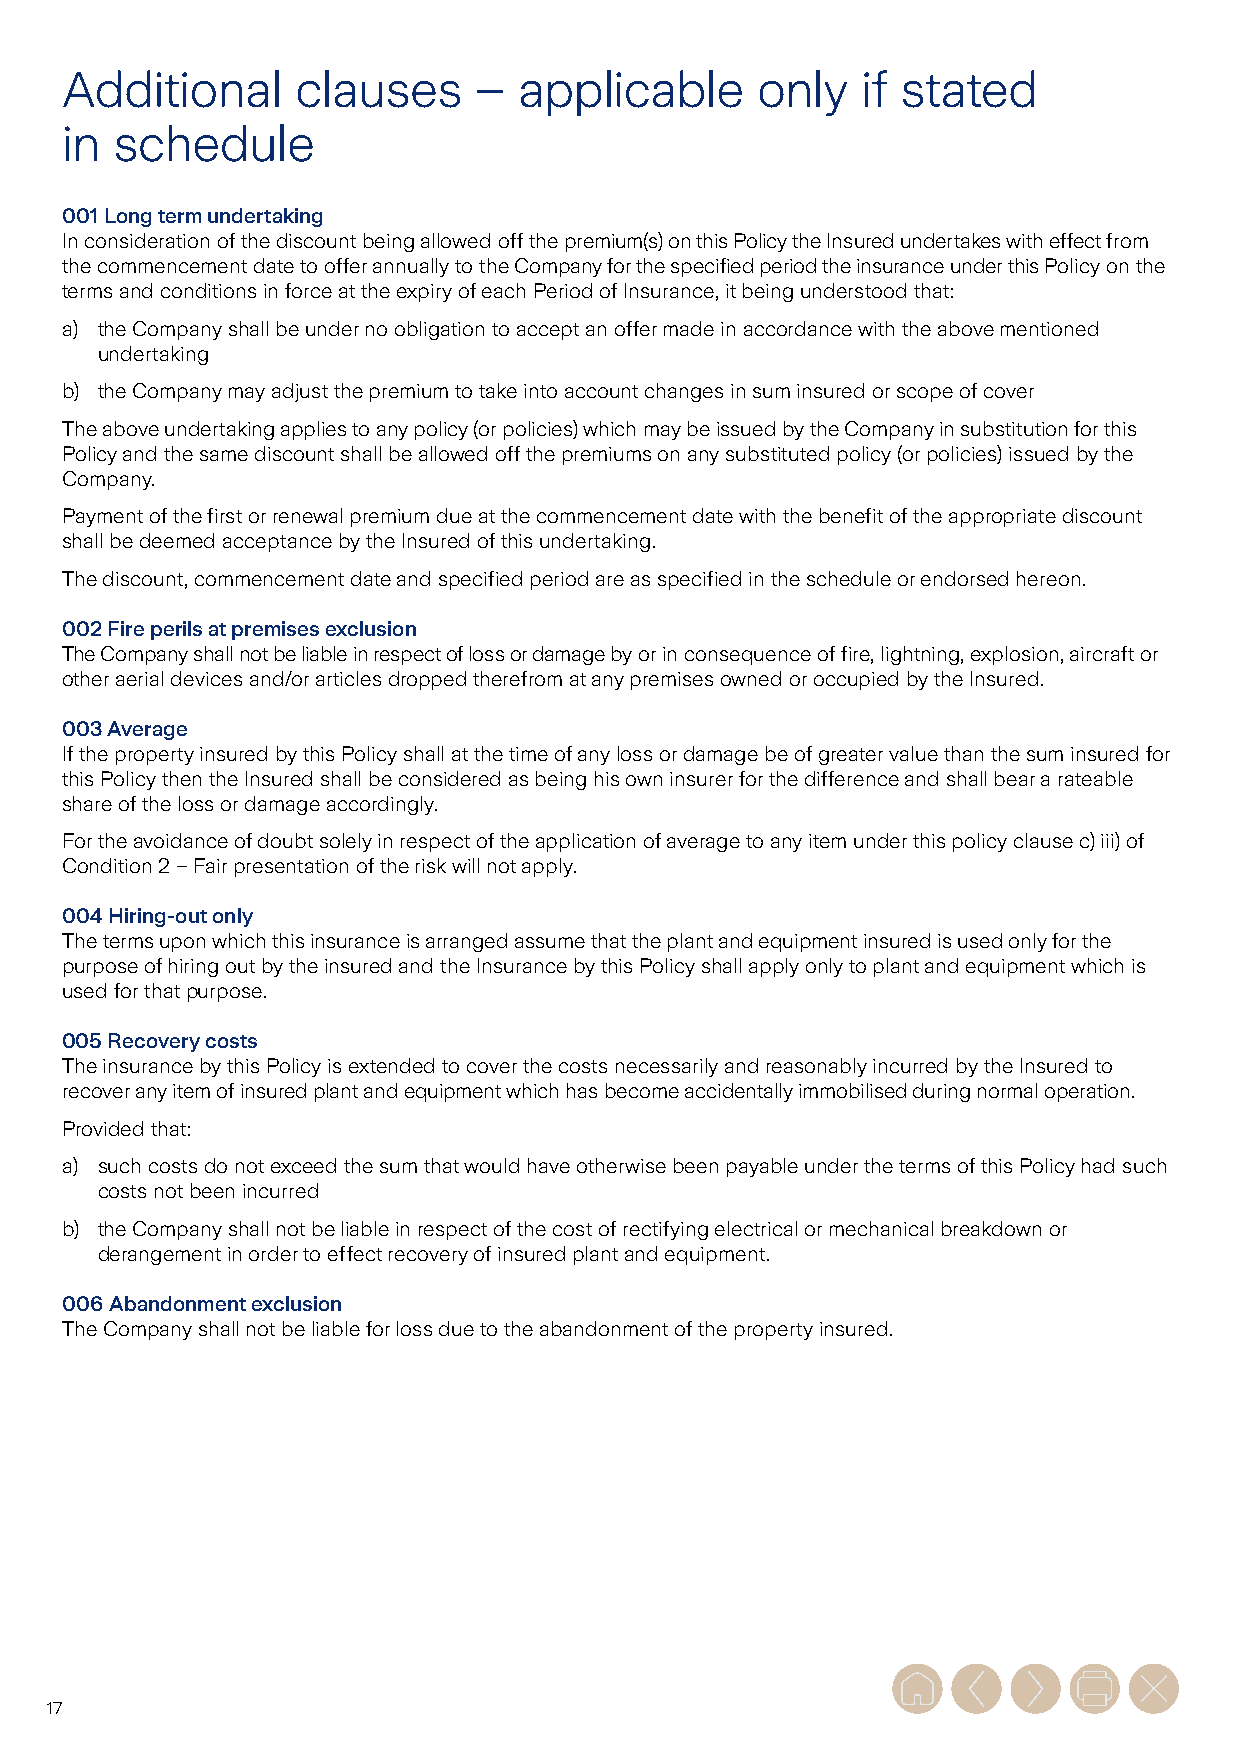
Additional      clauses    –  applicable      only   if stated
 in  schedule
 001 Long term undertaking
 In consideration of the discount being allowed off the premium(s) on this Policy the Insured undertakes with effect from
 the commencement date to offer annually to the Company for the specified period the insurance under this Policy on the
 terms and conditions in force at the expiry of each Period of Insurance, it being understood that:
 a) the Company shall be under no obligation to accept an offer made in accordance with the above mentioned
 undertaking
 b) the Company may adjust the premium to take into account changes in sum insured or scope of cover
 The above undertaking applies to any policy (or policies) which may be issued by the Company in substitution for this
 Policy and the same discount shall be allowed off the premiums on any substituted policy (or policies) issued by the
 Company.
 Payment of the first or renewal premium due at the commencement date with the benefit of the appropriate discount
 shall be deemed acceptance by the Insured of this undertaking.
 The discount, commencement date and specified period are as specified in the schedule or endorsed hereon.
 002 Fire perils at premises exclusion
 The Company shall not be liable in respect of loss or damage by or in consequence of fire, lightning, explosion, aircraft or
 other aerial devices and/or articles dropped therefrom at any premises owned or occupied by the Insured.
 003 Average
 If the property insured by this Policy shall at the time of any loss or damage be of greater value than the sum insured for
 this Policy then the Insured shall be considered as being his own insurer for the difference and shall bear a rateable
 share of the loss or damage accordingly.
 For the avoidance of doubt solely in respect of the application of average to any item under this policy clause c) iii) of
 Condition 2 – Fair presentation of the risk will not apply.
 004 Hiring-out only
 The terms upon which this insurance is arranged assume that the plant and equipment insured is used only for the
 purpose of hiring out by the insured and the Insurance by this Policy shall apply only to plant and equipment which is
 used for that purpose.
 005 Recovery costs
 The insurance by this Policy is extended to cover the costs necessarily and reasonably incurred by the Insured to
 recover any item of insured plant and equipment which has become accidentally immobilised during normal operation.
 Provided that:
 a) such costs do not exceed the sum that would have otherwise been payable under the terms of this Policy had such
 costs not been incurred
 b) the Company shall not be liable in respect of the cost of rectifying electrical or mechanical breakdown or
 derangement in order to effect recovery of insured plant and equipment.
 006 Abandonment exclusion
 The Company shall not be liable for loss due to the abandonment of the property insured.
 17